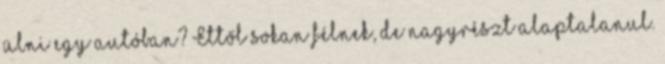
ülni egy autóban? Ettől sokan félnek, de nagyrészt alaptalanul.